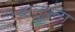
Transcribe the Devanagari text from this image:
वाल्वंता